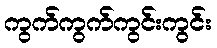
ကွက်ကွက်ကွင်းကွင်း